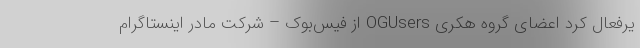
یرفعال کرد اعضای گروه هکری OGUsers از فیس‌بوک – شرکت مادر اینستاگرام